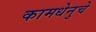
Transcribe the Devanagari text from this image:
कामधेनुचे